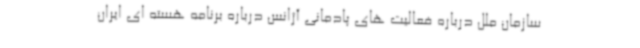
سازمان ملل درباره فعالیت های پادمانی آژانس درباره برنامه هسته ای ایران